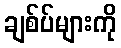
ချစ်ပ်များကို